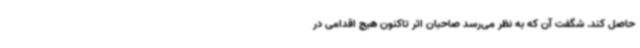
حاصل کند. شگفت آن که به نظر می‌رسد صاحبان اثر تاکنون هیچ اقدامی در